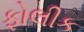
ફોલીક